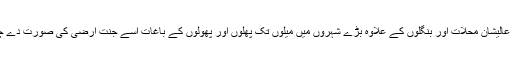
بڑے بڑے عالیشان محلات اور بنگلوں کے علاوہ بڑے شہروں میں میلوں تک پھلوں اور پھولوں کے باغات اُسے جنتِ ارضی کی صورت دے چکے تھے۔